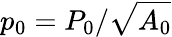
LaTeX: p_{0}=P_{0}/\sqrt{A_{0}}